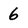
Character: 6